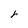
Character: r